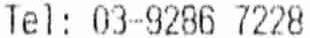
TEL: 03-9286 7228